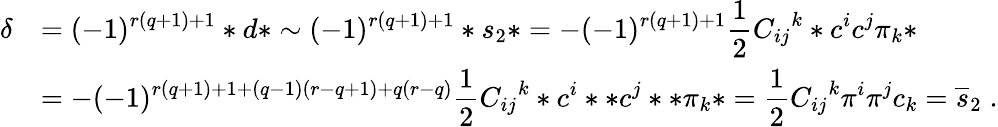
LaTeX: \begin{array}{rl}{{\delta}}&{{\displaystyle=(-1)^{r(q+1)+1}*d*\sim(-1)^{r(q+1)+1}*s_{2}*=-(-1)^{r(q+1)+1}{\frac{1}{2}}{C_{ij}}^{k}*c^{i}c^{j}\pi_{k}*}}\\ {{}}&{{\displaystyle=-(-1)^{r(q+1)+1+(q-1)(r-q+1)+q(r-q)}{\frac{1}{2}}{C_{ij}}^{k}*c^{i}**c^{j}**\pi_{k}*={\frac{1}{2}}{C_{ij}}^{k}\pi^{i}\pi^{j}c_{k}=\overline{{{s}}}_{2}\; .}}\end{array}